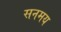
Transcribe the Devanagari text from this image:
सनमय